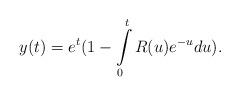
LaTeX: \begin{align*}y(t)=e^t(1- \int \limits _0^t R(u) e^{-u} du). \end{align*}